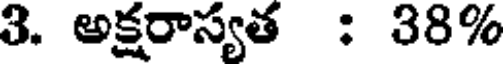
3. అక్షరాస్యత : 38%